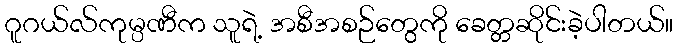
ဂူဂယ်လ်ကုမ္ပဏီက သူရဲ့ အစီအစဉ်တွေကို ခေတ္တဆိုင်းခဲ့ပါတယ်။